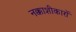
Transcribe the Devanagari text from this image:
नक्काशीकारों